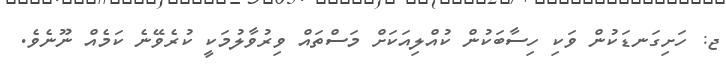
ޖ: ހަށިގަނޑަކުން ވަކި ހިސާބަކުން ކުއްލިއަކަށް މަސްތައް ވިރުވާލުމަކީ ކުރެވޭނެ ކަމެއް ނޫނެވެ.